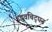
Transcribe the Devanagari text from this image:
उद्धवचिद्‌घन